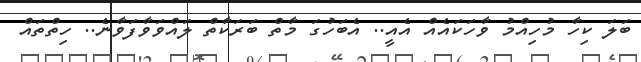
ބަލަ ކިހާ މުހިއްމު ވާހަކައެއް އެއީ.. އެބަހުގަ މާތް ބަރަކާތް ލައްވަވާފަވާނެ.. ހިތްތައް